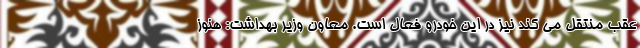
عقب منتقل می کند نیز در این خودرو فعال است. معاون وزیر بهداشت: هنوز